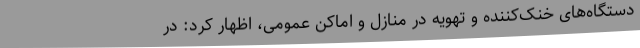
دستگاه‌های خنک‌کننده و تهویه در منازل و اماکن عمومی، اظهار کرد: در